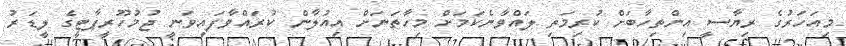
މިއަހަރުގެ ރިޔާސީ އިންތިހާބަށް ކުރިމަތި ލައްވާނެކަމަށް މިހާތަނަށް އިއުލާން ކުރައްވާފައިވަނީ ޖުމުހޫރީޕާޓީގެ ލީޑަރު